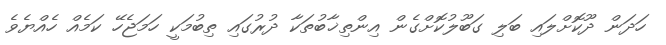
ހަދަން ދޫކޮށްލައި ބަލި ގަބޫލުކޮށްގެން އިންތިޚާބުތަކާ ދުރުގައި ތިބުމަކީ ހަމަޖެހޭ ކަމެއް ހެއްޔެވެ